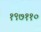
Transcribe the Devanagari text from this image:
१९७११०